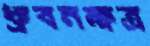
ধ্রুবনক্ষত্র